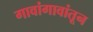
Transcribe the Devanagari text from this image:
गावांगावांतून